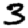
Digit: 3